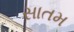
સાતમ